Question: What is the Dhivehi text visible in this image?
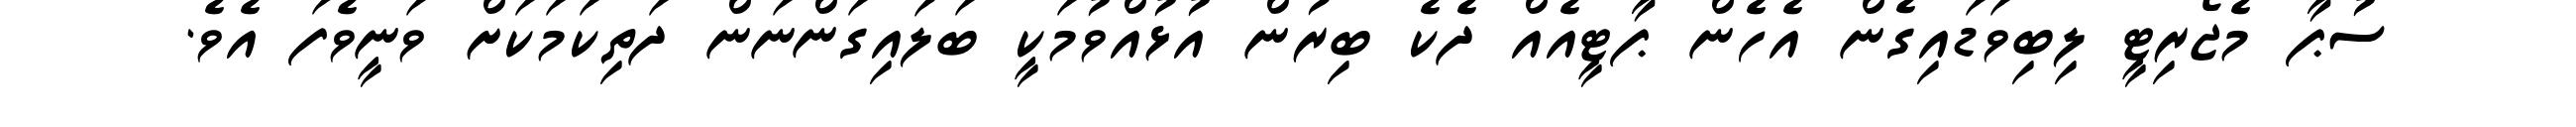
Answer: ސުޕާ މެޖޯރިޓީ ލިބިވަޑައިގެން އެހެން ޕާޓީއެއް ދެކެ ބިރުން އުޅުއްވުމަކީ ބަލައިގަންނަން ދަތިކަމަކަށް ވަނީވެފަ އެވެ.